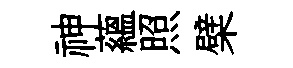
神藴照檗